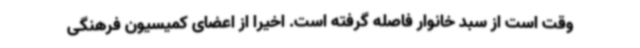
وقت است از سبد خانوار فاصله گرفته است. اخیرا از اعضای کمیسیون فرهنگی